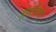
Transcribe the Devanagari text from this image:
हर्सावेगो